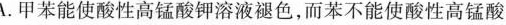
A.甲苯能使酸性高锰酸钾溶液褪色，而苯不能使酸性高锰酸